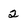
Character: 2